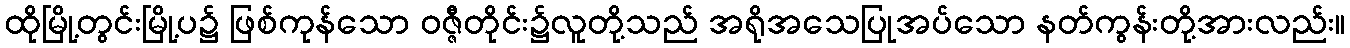
ထိုမြို့တွင်းမြို့ပ၌ ဖြစ်ကုန်သော ဝဇ္ဇီတိုင်း၌လူတို့သည် အရိုအသေပြုအပ်သော နတ်ကွန်းတို့အားလည်း။